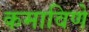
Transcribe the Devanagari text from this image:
कमाविणे